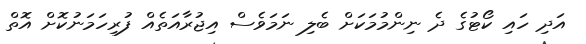
އަދި ހައި ކޯޓުގެ ދެ ނިންމުމަކަށް ބެލި ނަމަވެސް އިޖުރާއަތެއް ފުރިހަމަނުކޮށް އޮތް